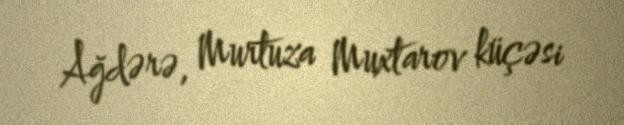
Ağdərə, Murtuza Muxtarov küçəsi